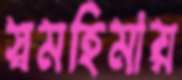
স্বমহিমায়